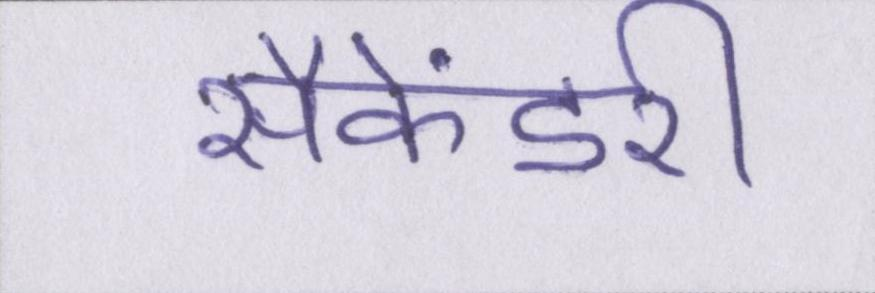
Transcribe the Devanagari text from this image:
सैकेंडरी